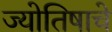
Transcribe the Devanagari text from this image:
ज्योतिषाचे